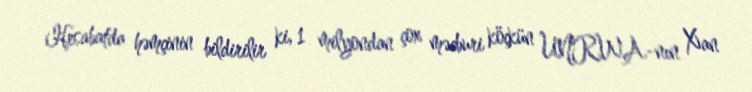
Hesabatda həmçinin bildirilir ki, 1 milyondan çox məcburi köçkün UNRWA-nın Xan